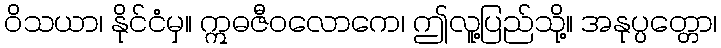
ဝိသယာ၊ နိုင်ငံမှ။ ဣဓဇီဝလောကေ၊ ဤလူ့ပြည်သို့။ အနုပ္ပတ္တော၊